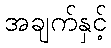
အချက်နှင့်